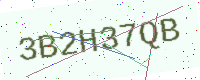
Text: 3B2H37QB